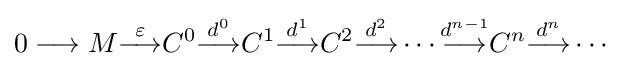
0\longrightarrow M{\overset {\varepsilon }{\longrightarrow }}C^{0}{\overset {d^{0}}{\longrightarrow }}C^{1}{\overset {d^{1}}{\longrightarrow }}C^{2}{\overset {d^{2}}{\longrightarrow }}\cdots {\overset {d^{n-1}}{\longrightarrow }}C^{n}{\overset {d^{n}}{\longrightarrow }}\cdots